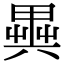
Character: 𠔱